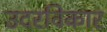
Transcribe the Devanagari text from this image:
उदरविकार